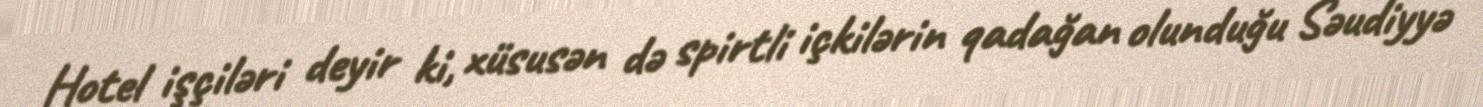
Hotel işçiləri deyir ki, xüsusən də spirtli içkilərin qadağan olunduğu Səudiyyə